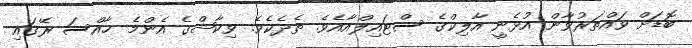
ބޮޑަށް ވައްތަރުވާން އުޅެނީ އާލިކްގެ ސްޓައިލްއާއެވެ. ތެދެކެވެ. ވިކާޝްގެ އެންމެ ޚާއްސަ ރޭގައި